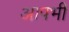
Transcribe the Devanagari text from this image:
आपभी